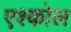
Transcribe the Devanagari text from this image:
एश्कोल